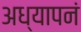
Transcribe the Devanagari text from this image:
अध्यापनं